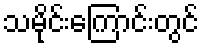
သမိုင်းကြောင်းတွင်